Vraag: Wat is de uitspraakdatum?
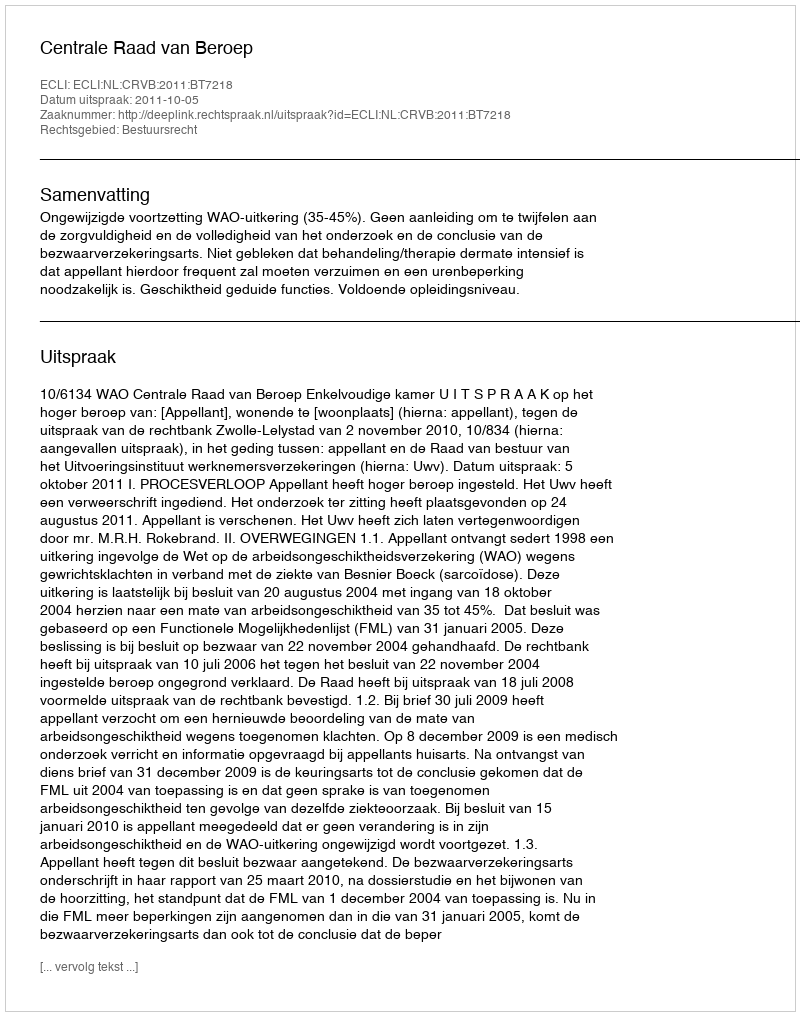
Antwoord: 2011-10-05